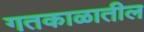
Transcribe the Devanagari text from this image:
गतकाळातील